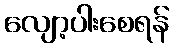
လျော့ပါးစေရန်